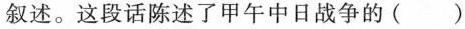
叙述。这段话陈述了甲午中日战争的()